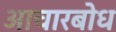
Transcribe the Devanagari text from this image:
आचारबोध